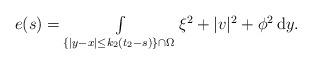
LaTeX: \begin{align*}\begin{array}{ll}e(s) = \int\limits_{\{|y-x|\leq k_2(t_2-s)\}\cap\Omega}\xi^2 + |v|^2 + \phi^2 \,\mathrm{d}y.\end{array}\end{align*}